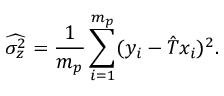
\widehat { \sigma _ { z } ^ { 2 } } = \frac { 1 } { m _ { p } } \sum _ { i = 1 } ^ { m _ { p } } ( y _ { i } - \hat { T } x _ { i } ) ^ { 2 } .